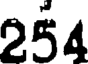
254